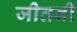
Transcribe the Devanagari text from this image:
जीतनी